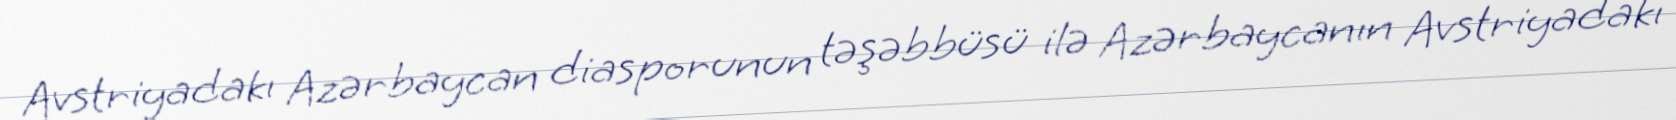
Avstriyadakı Azərbaycan diasporunun təşəbbüsü ilə Azərbaycanın Avstriyadakı